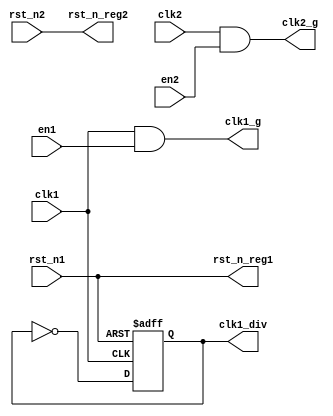
module car (
    input       clk1,
    input       clk2,
    input       rst_n1,
    input       rst_n2,
    input       en1,
    input       en2,
    output      clk1_g,
    output      clk2_g,
    output reg  rst_n_reg1,
    output reg  rst_n_reg2,
    output      clk1_div
);

reg clk1_div_reg;

//Clock gating controls
assign clk1_g = clk1 & en1;
assign clk2_g = clk2 & en2;

assign rst_n_reg1 = rst_n1;
assign rst_n_reg2 = rst_n2;

always @(posedge clk1 or negedge rst_n1) begin
    if (~rst_n1) clk1_div_reg <= 1'b0;
    else clk1_div_reg <= ~clk1_div_reg;
end

//Reset signals are synchronous with the respective clocks and don't need the clock gating
// always @ (posedge clk1, negedge rst_n1)
//     if (~rst_n1)
//         rst_n_reg1 <= 1'b0;
//     else
//         rst_n_reg1 <= 1'b1;
//
// always @ (posedge clk2, negedge rst_n2)
//     if (~rst_n2)
//         rst_n_reg2 <= 1'b0;
//     else
//         rst_n_reg2 <= 1'b1;

assign clk1_div = clk1_div_reg;

endmodule